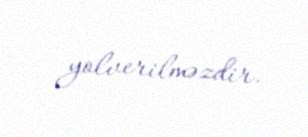
yolverilməzdir.